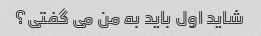
شاید اول باید به من می گفتی؟